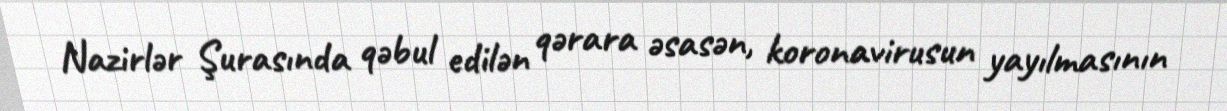
Nazirlər Şurasında qəbul edilən qərara əsasən, koronavirusun yayılmasının